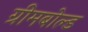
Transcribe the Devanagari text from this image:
ग्रीमबोल्ड